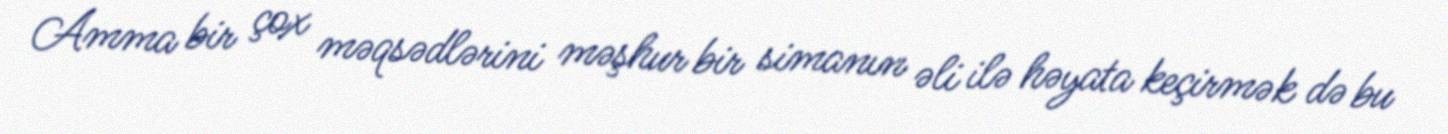
Amma bir çox məqsədlərini məşhur bir simanın əli ilə həyata keçirmək də bu